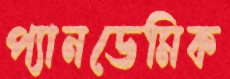
প্যানডেমিক